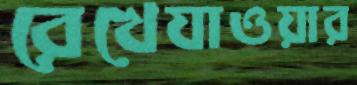
রেখেযাওয়ার